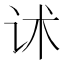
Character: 𰵓